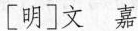
[明]文 嘉